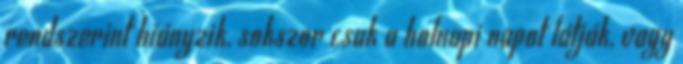
rendszerint hiányzik, sokszor csak a holnapi napot látják, vagy